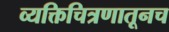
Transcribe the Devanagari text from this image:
व्यक्तिचित्रणातूनच